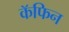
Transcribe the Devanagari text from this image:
कॅफिन